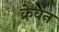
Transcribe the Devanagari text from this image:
क्रेवन